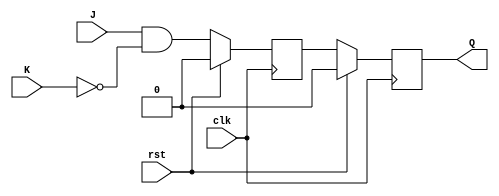
module jk_master_slave_ff (
    input wire clk, // Clock input
    input wire rst, // Reset input
    input wire J,   // J input
    input wire K,   // K input
    output reg Q    // Output Q
);

reg master_Q;       // Output of master flip-flop

// Master flip-flop
always @(posedge clk) begin
    if (rst) begin
        master_Q <= 1'b0;
    end else begin
        master_Q <= J && ~K;
    end
end

// Slave flip-flop
always @(negedge clk) begin
    if (rst) begin
        Q <= 1'b0;
    end else begin
        Q <= master_Q;
    end
end

endmodule